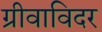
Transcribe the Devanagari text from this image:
ग्रीवाविदर